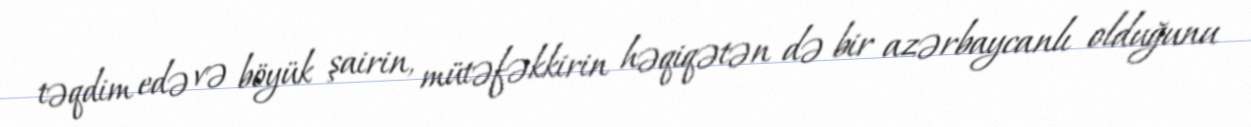
təqdim edə və böyük şairin, mütəfəkkirin həqiqətən də bir azərbaycanlı olduğunu